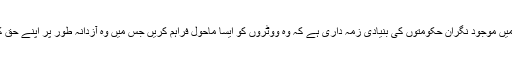
وفاق اور صوبوں میں موجود نگران حکومتوں کی بنیادی زمہ داری ہے کہ وہ ووٹروں کو ایسا ماحول فراہم کریں جس میں وہ آزدانہ طور پر اپنے حق کا استمال کرسکیں۔